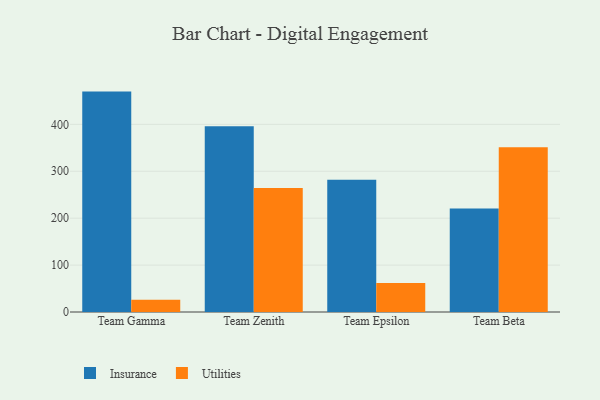
{"axis": {"x": "Team", "y": "Website Visitors"}, "legend": ["Insurance", "Utilities"], "data": [{"x": "Team Gamma", "y": 469.8, "type": "Insurance"}, {"x": "Team Gamma", "y": 25.9, "type": "Utilities"}, {"x": "Team Zenith", "y": 396.1, "type": "Insurance"}, {"x": "Team Zenith", "y": 264.5, "type": "Utilities"}, {"x": "Team Epsilon", "y": 281.9, "type": "Insurance"}, {"x": "Team Epsilon", "y": 61.8, "type": "Utilities"}, {"x": "Team Beta", "y": 220.4, "type": "Insurance"}, {"x": "Team Beta", "y": 351.3, "type": "Utilities"}]}